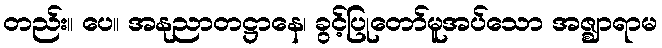
တည်း။ ပေ။ အနုညာတဋ္ဌာနေ၊ ခွင့်ပြုတော်မူအပ်သော အဇ္ဈာရာမ